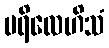
ပရိလေဟိသံ